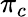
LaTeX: \pi_{c}